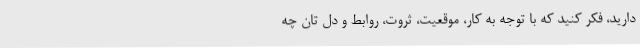
دارید، فکر کنید که با توجه به کار، موقعیت، ثروت، روابط و دل تان چه